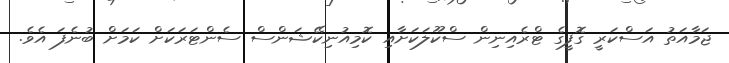
ޖަމާއަތު އަސްކަރީ ގޮފީގެ ޓްރެއިނިން ސްކޫލަކަށާއި ކޮމިއުނިކޭޝަންސް ސެންޓަރަކަށް ކަމަށް ބުނެފަ އެވެ.